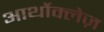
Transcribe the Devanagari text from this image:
आर्थोक्लेज़